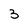
Character: 3